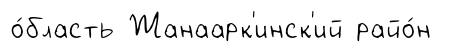
о́бласть Жанаарк'инск'ий райо́н